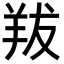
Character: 𦍱